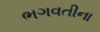
ભગવતીના